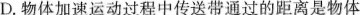
D.物体加速运动过程中传送带通过的距离是物体